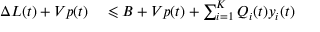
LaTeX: \begin{array} { r l } { \Delta L ( t ) + V p ( t ) } & { { } \leqslant B + V p ( t ) + \sum _ { i = 1 } ^ { K } Q _ { i } ( t ) y _ { i } ( t ) } \end{array}